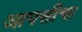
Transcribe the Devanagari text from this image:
आपत्तीचा